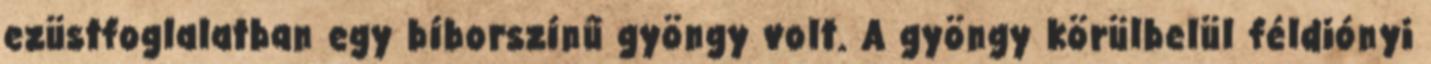
ezüstfoglalatban egy bíborszínű gyöngy volt. A gyöngy körülbelül féldiónyi